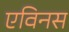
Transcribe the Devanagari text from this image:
एविनस